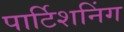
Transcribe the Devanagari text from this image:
पार्टिशनिंग